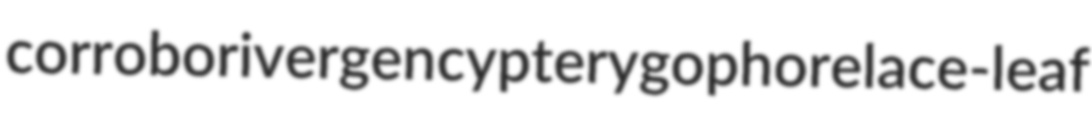
corrobori vergency pterygophore lace-leaf